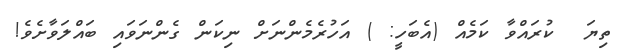
ތިޔަ  ކުރައްވާ ކަމެއް (އެބަހީ: ) އަހުރެމެންނަށް ނިކަން ގެންނަވައި ބައްލަވާށެވެ!